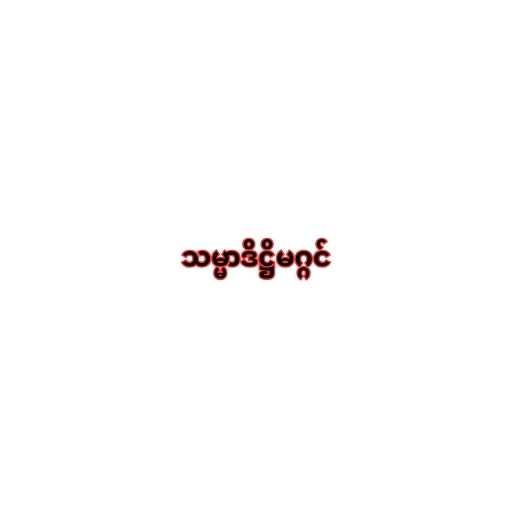
သမ္မာဒိဋ္ဌိမဂ္ဂင်